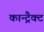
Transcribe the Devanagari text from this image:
कान्ट्रैक्ट